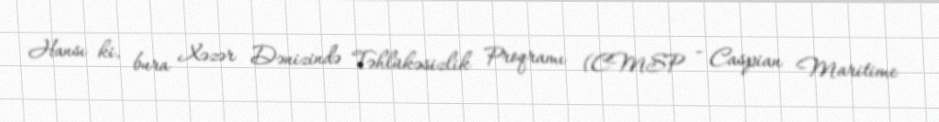
Hansı ki, bura Xəzər Dənizində Təhlükəsizlik Proqramı (CMSP - Caspian Maritime